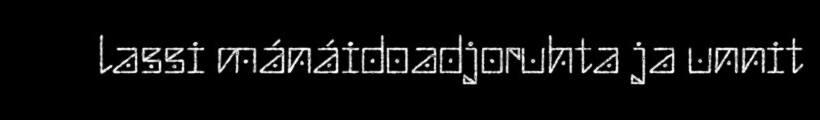
lassi mánáidoadjoruhta ja unnit